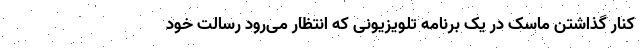
کنار گذاشتن ماسک در یک برنامه تلویزیونی که انتظار می‌رود رسالت خود